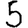
Digit: 5